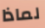
لماذا